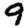
Digit: 9